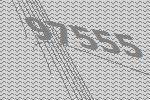
97555